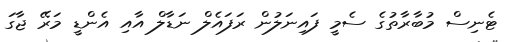
ޓެނިސް މުބާރާތުގެ ސެމީ ފައިނަލުން ރަފައެލް ނަޑާލް އާއި އެންޑީ މަރޭ ޖާގަ